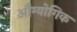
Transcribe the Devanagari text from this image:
औग्योगिक